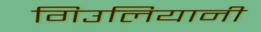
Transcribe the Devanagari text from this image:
गिउलियानी